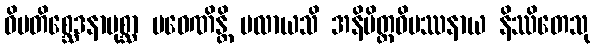
ဝိမတိစ္ဆေဒနာပုစ္ဆာ ပဝေဏိန္တိ ပလာယသိ အနိမိတ္တဝိပဿနာယ နိဿိတေသု